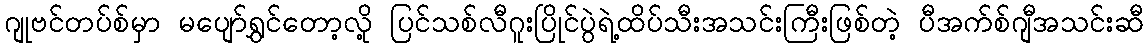
ဂျုဗင်တပ်စ်မှာ မပျော်ရွှင်တော့လို့ ပြင်သစ်လီဂူးပြိုင်ပွဲရဲ့ထိပ်သီးအသင်းကြီးဖြစ်တဲ့ ပီအက်စ်ဂျီအသင်းဆီ